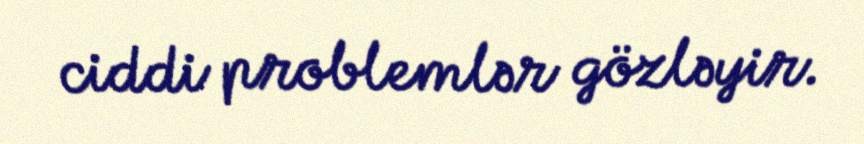
ciddi problemlər gözləyir.